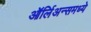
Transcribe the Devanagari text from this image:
ऑर्लिअन्समध्ये